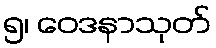
၅၊ ဝေဒနာသုတ်